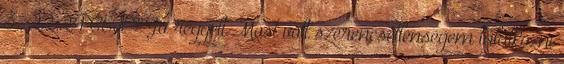
3., 22:24 CEST Jó reggelt Most volt szerencsétlenségem találkozni